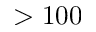
> 1 0 0